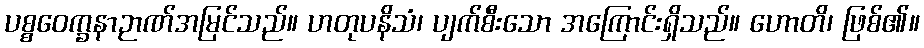
ပစ္စဝေက္ခနာဉာဏ်အမြင်သည်။ ဟတုပနိသံ၊ ပျက်စီးသော အကြောင်းရှိသည်။ ဟောတိ၊ ဖြစ်၏။